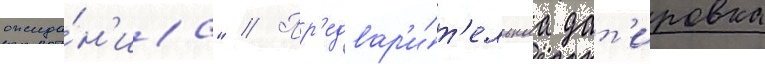
ожида́н'иа" // Пр'едвар'и́т'ельнаа дат'ировка